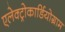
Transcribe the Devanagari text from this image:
एलेक्ट्रोकार्डियोग्राम